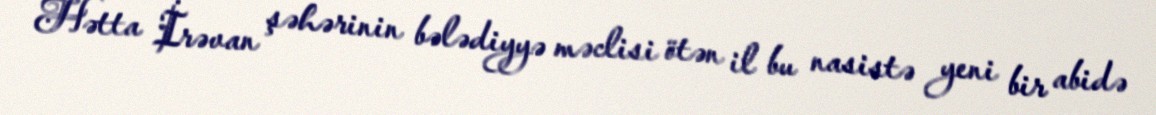
Hətta İrəvan şəhərinin bələdiyyə məclisi ötən il bu nasistə yeni bir abidə